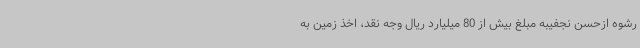
رشوه ازحسن نجفیبه مبلغ بیش از 80 میلیارد ریال وجه نقد، اخذ زمین به